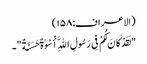
(الاعراف:۱۵۸)
"لَقَدْ کَانَ لَکُمْ فِی رَسُولِ اللَّهِ أُسْوَةٌ حَسَنَةٌ"۔